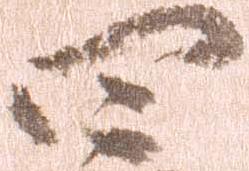
四